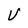
Character: U